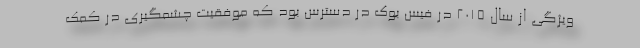
ویژگی از سال 2015 در فیس بوک در دسترس بود که موفقیت چشمگیری در کمک